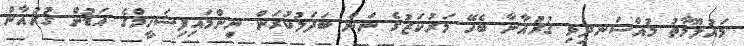
މައުލޫމާތު މުއްސަނދިވި ޤުރުއާނާ ބެހޭ މަރުކަޒުގެ ނަން ބަދަލުކުރަން ނިންމައިފިޝަހީމްގެ އަޑުން ގުރުުއާން